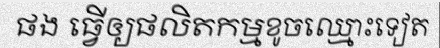
ផង ធ្វើឲ្យផលិតកម្មខូចឈ្មោះទៀត